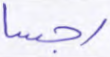
رجسا